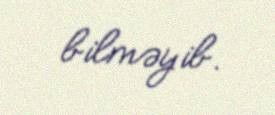
bilməyib.